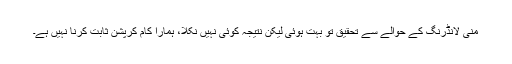
منی لانڈرنگ کے حوالے سے تحقیق تو بہت ہوئی لیکن نتیجہ کوئی نہیں نکلا، ہمارا کام کرپشن ثابت کرنا نہیں ہے۔